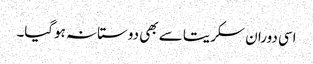
اسی دوران سکریتا سے بھی دوستانہ ہوگیا۔